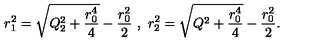
r _ { 1 } ^ { 2 } = \sqrt { Q _ { 2 } ^ { 2 } + \frac { r _ { 0 } ^ { 4 } } { 4 } } - \frac { r _ { 0 } ^ { 2 } } { 2 } \ , \ r _ { 2 } ^ { 2 } = \sqrt { Q ^ { 2 } + \frac { r _ { 0 } ^ { 4 } } { 4 } } - \frac { r _ { 0 } ^ { 2 } } { 2 } .